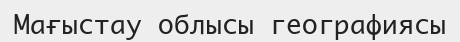
Мағыстау облысы географиясы